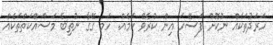
ހަރަދުތަކެއް ނުކޮށް ފަސޭހަ އިން ކުރެވޭ ކަމެއް. ހަމ ގޭގާ ނުތިބެ މަސައްކަތްތަކެއް